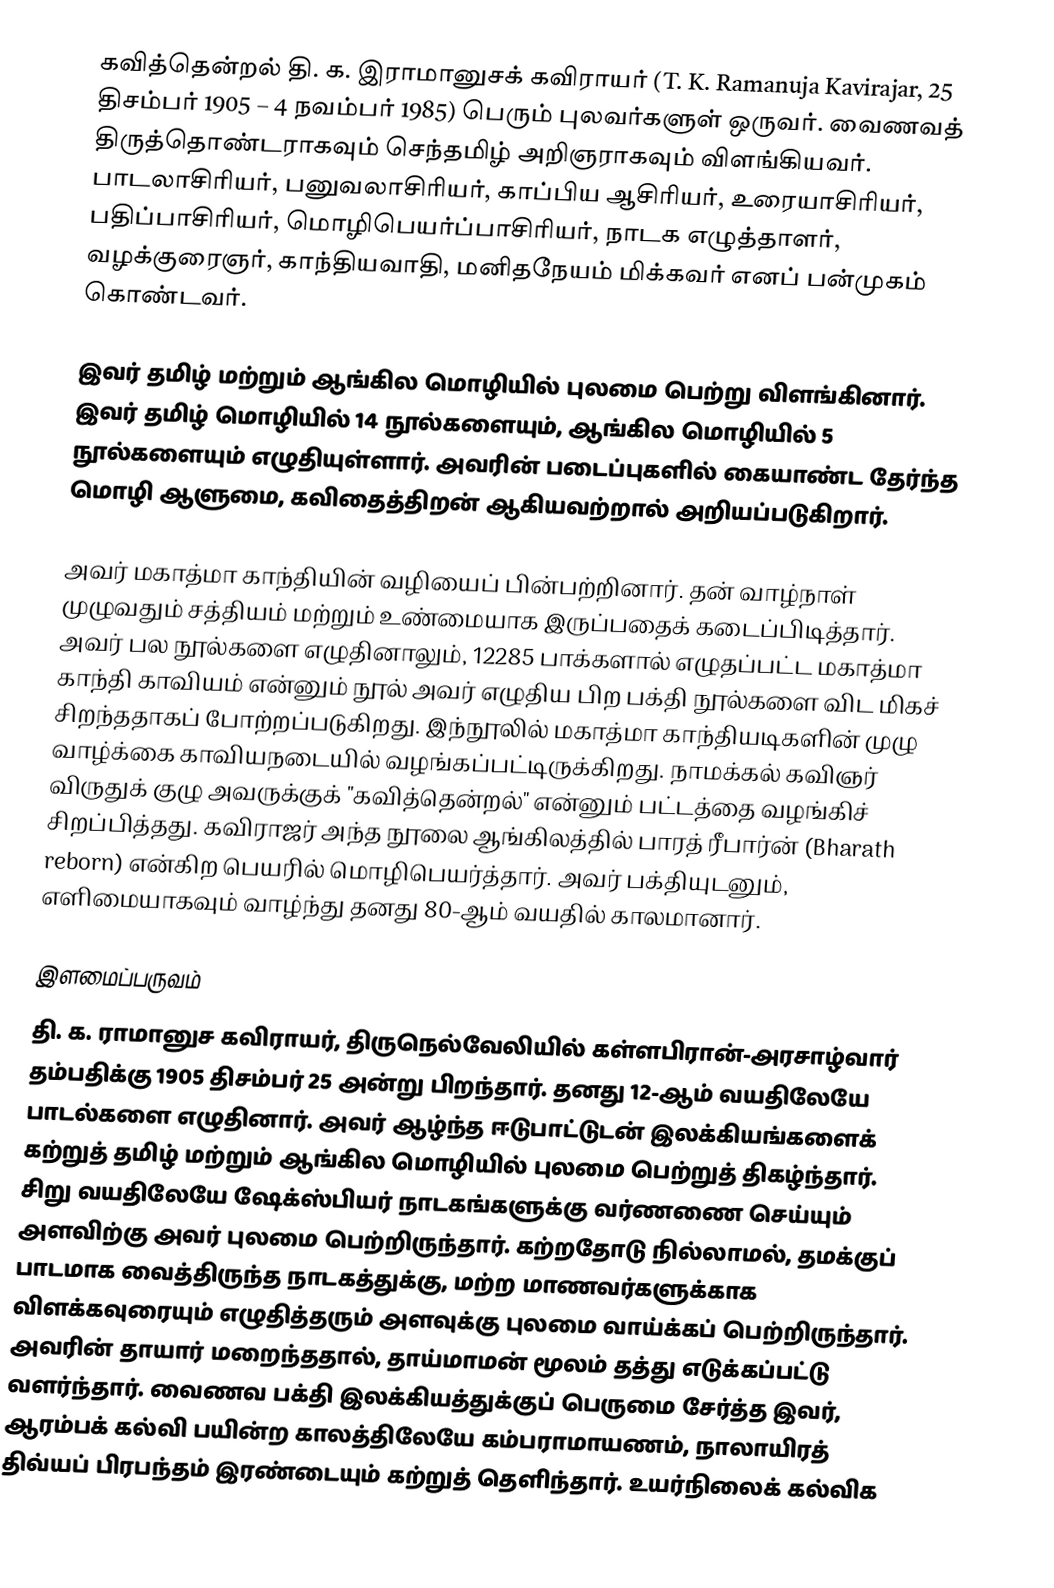
கவித்தென்றல் தி. க. இராமானுசக் கவிராயர் (T. K. Ramanuja Kavirajar, 25 திசம்பர் 1905 – 4 நவம்பர் 1985) பெரும் புலவர்களுள் ஒருவர். வைணவத் திருத்தொண்டராகவும் செந்தமிழ் அறிஞராகவும் விளங்கியவர். பாடலாசிரியர், பனுவலாசிரியர், காப்பிய ஆசிரியர், உரையாசிரியர், பதிப்பாசிரியர், மொழிபெயர்ப்பாசிரியர், நாடக எழுத்தாளர், வழக்குரைஞர், காந்தியவாதி, மனிதநேயம் மிக்கவர் எனப் பன்முகம் கொண்டவர்.

இவர் தமிழ் மற்றும் ஆங்கில மொழியில் புலமை பெற்று விளங்கினார். இவர் தமிழ் மொழியில் 14 நூல்களையும், ஆங்கில மொழியில் 5 நூல்களையும் எழுதியுள்ளார். அவரின் படைப்புகளில் கையாண்ட தேர்ந்த மொழி ஆளுமை, கவிதைத்திறன் ஆகியவற்றால் அறியப்படுகிறார்.

அவர் மகாத்மா காந்தியின் வழியைப் பின்பற்றினார். தன் வாழ்நாள் முழுவதும் சத்தியம் மற்றும் உண்மையாக இருப்பதைக் கடைப்பிடித்தார். அவர் பல நூல்களை எழுதினாலும், 12285 பாக்களால் எழுதப்பட்ட மகாத்மா காந்தி காவியம் என்னும் நூல் அவர் எழுதிய பிற பக்தி நூல்களை விட மிகச் சிறந்ததாகப் போற்றப்படுகிறது. இந்நூலில் மகாத்மா காந்தியடிகளின் முழு வாழ்க்கை காவியநடையில் வழங்கப்பட்டிருக்கிறது. நாமக்கல் கவிஞர் விருதுக் குழு அவருக்குக் "கவித்தென்றல்" என்னும் பட்டத்தை வழங்கிச் சிறப்பித்தது. கவிராஜர் அந்த நூலை ஆங்கிலத்தில் பாரத் ரீபார்ன் (Bharath reborn) என்கிற பெயரில் மொழிபெயர்த்தார். அவர் பக்தியுடனும், எளிமையாகவும் வாழ்ந்து தனது 80-ஆம் வயதில் காலமானார்.

இளமைப்பருவம்
தி. க. ராமானுச கவிராயர், திருநெல்வேலியில் கள்ளபிரான்-அரசாழ்வார் தம்பதிக்கு 1905 திசம்பர் 25 அன்று பிறந்தார். தனது 12-ஆம் வயதிலேயே பாடல்களை எழுதினார். அவர் ஆழ்ந்த ஈடுபாட்டுடன் இலக்கியங்களைக் கற்றுத் தமிழ் மற்றும் ஆங்கில மொழியில் புலமை பெற்றுத் திகழ்ந்தார். சிறு வயதிலேயே ஷேக்ஸ்பியர் நாடகங்களுக்கு வர்ணணை செய்யும் அளவிற்கு அவர் புலமை பெற்றிருந்தார். கற்றதோடு நில்லாமல், தமக்குப் பாடமாக வைத்திருந்த நாடகத்துக்கு, மற்ற மாணவர்களுக்காக விளக்கவுரையும் எழுதித்தரும் அளவுக்கு புலமை வாய்க்கப் பெற்றிருந்தார். அவரின் தாயார் மறைந்ததால், தாய்மாமன் மூலம் தத்து எடுக்கப்பட்டு வளர்ந்தார். வைணவ பக்தி இலக்கியத்துக்குப் பெருமை சேர்த்த இவர், ஆரம்பக் கல்வி பயின்ற காலத்திலேயே கம்பராமாயணம், நாலாயிரத் திவ்யப் பிரபந்தம் இரண்டையும் கற்றுத் தெளிந்தார். உயர்நிலைக் கல்விக